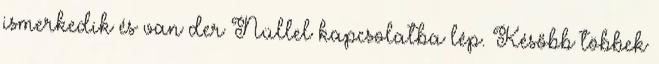
ismerkedik és van der Nüllel kapcsolatba lép. Később többek